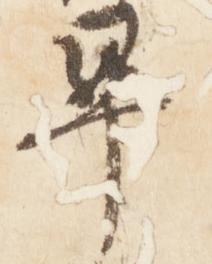
畢